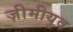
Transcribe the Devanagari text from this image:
ज़ीमीयुव